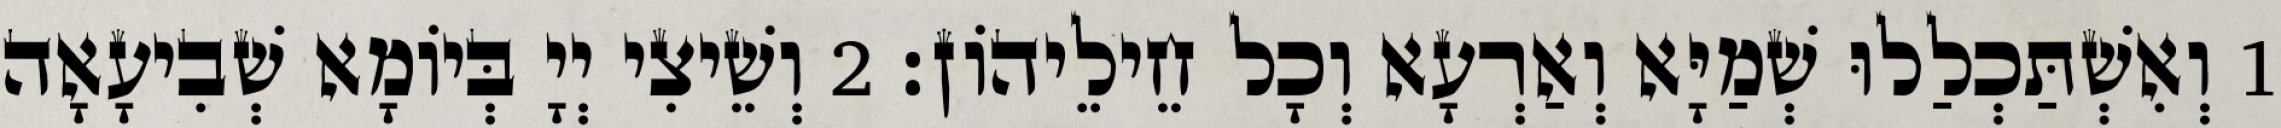
1 וְאִשְׁתַּכְלַלוּ שְׁמַיָּא וְאַרְעָא וְכָל חֵילֵיהוֹן׃ 2 וְשֵׁיצִי יְיָ בְּיוֹמָא שְׁבִיעָאָה